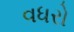
વધરો